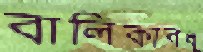
বালিকাবধূ